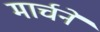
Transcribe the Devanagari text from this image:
मार्चने